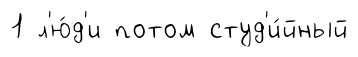
1 л'ю́д'и потом студ'и́йный